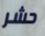
حشر